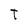
Character: T